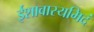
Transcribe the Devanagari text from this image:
ईशावास्यमिदं